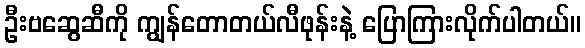
ဦးဗဆွေဆီကို ကျွန်တောတယ်လီဖုန်းနဲ့ ပြောကြားလိုက်ပါတယ်။